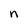
Character: n